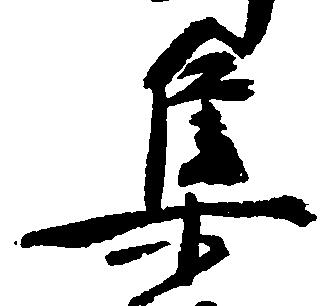
集